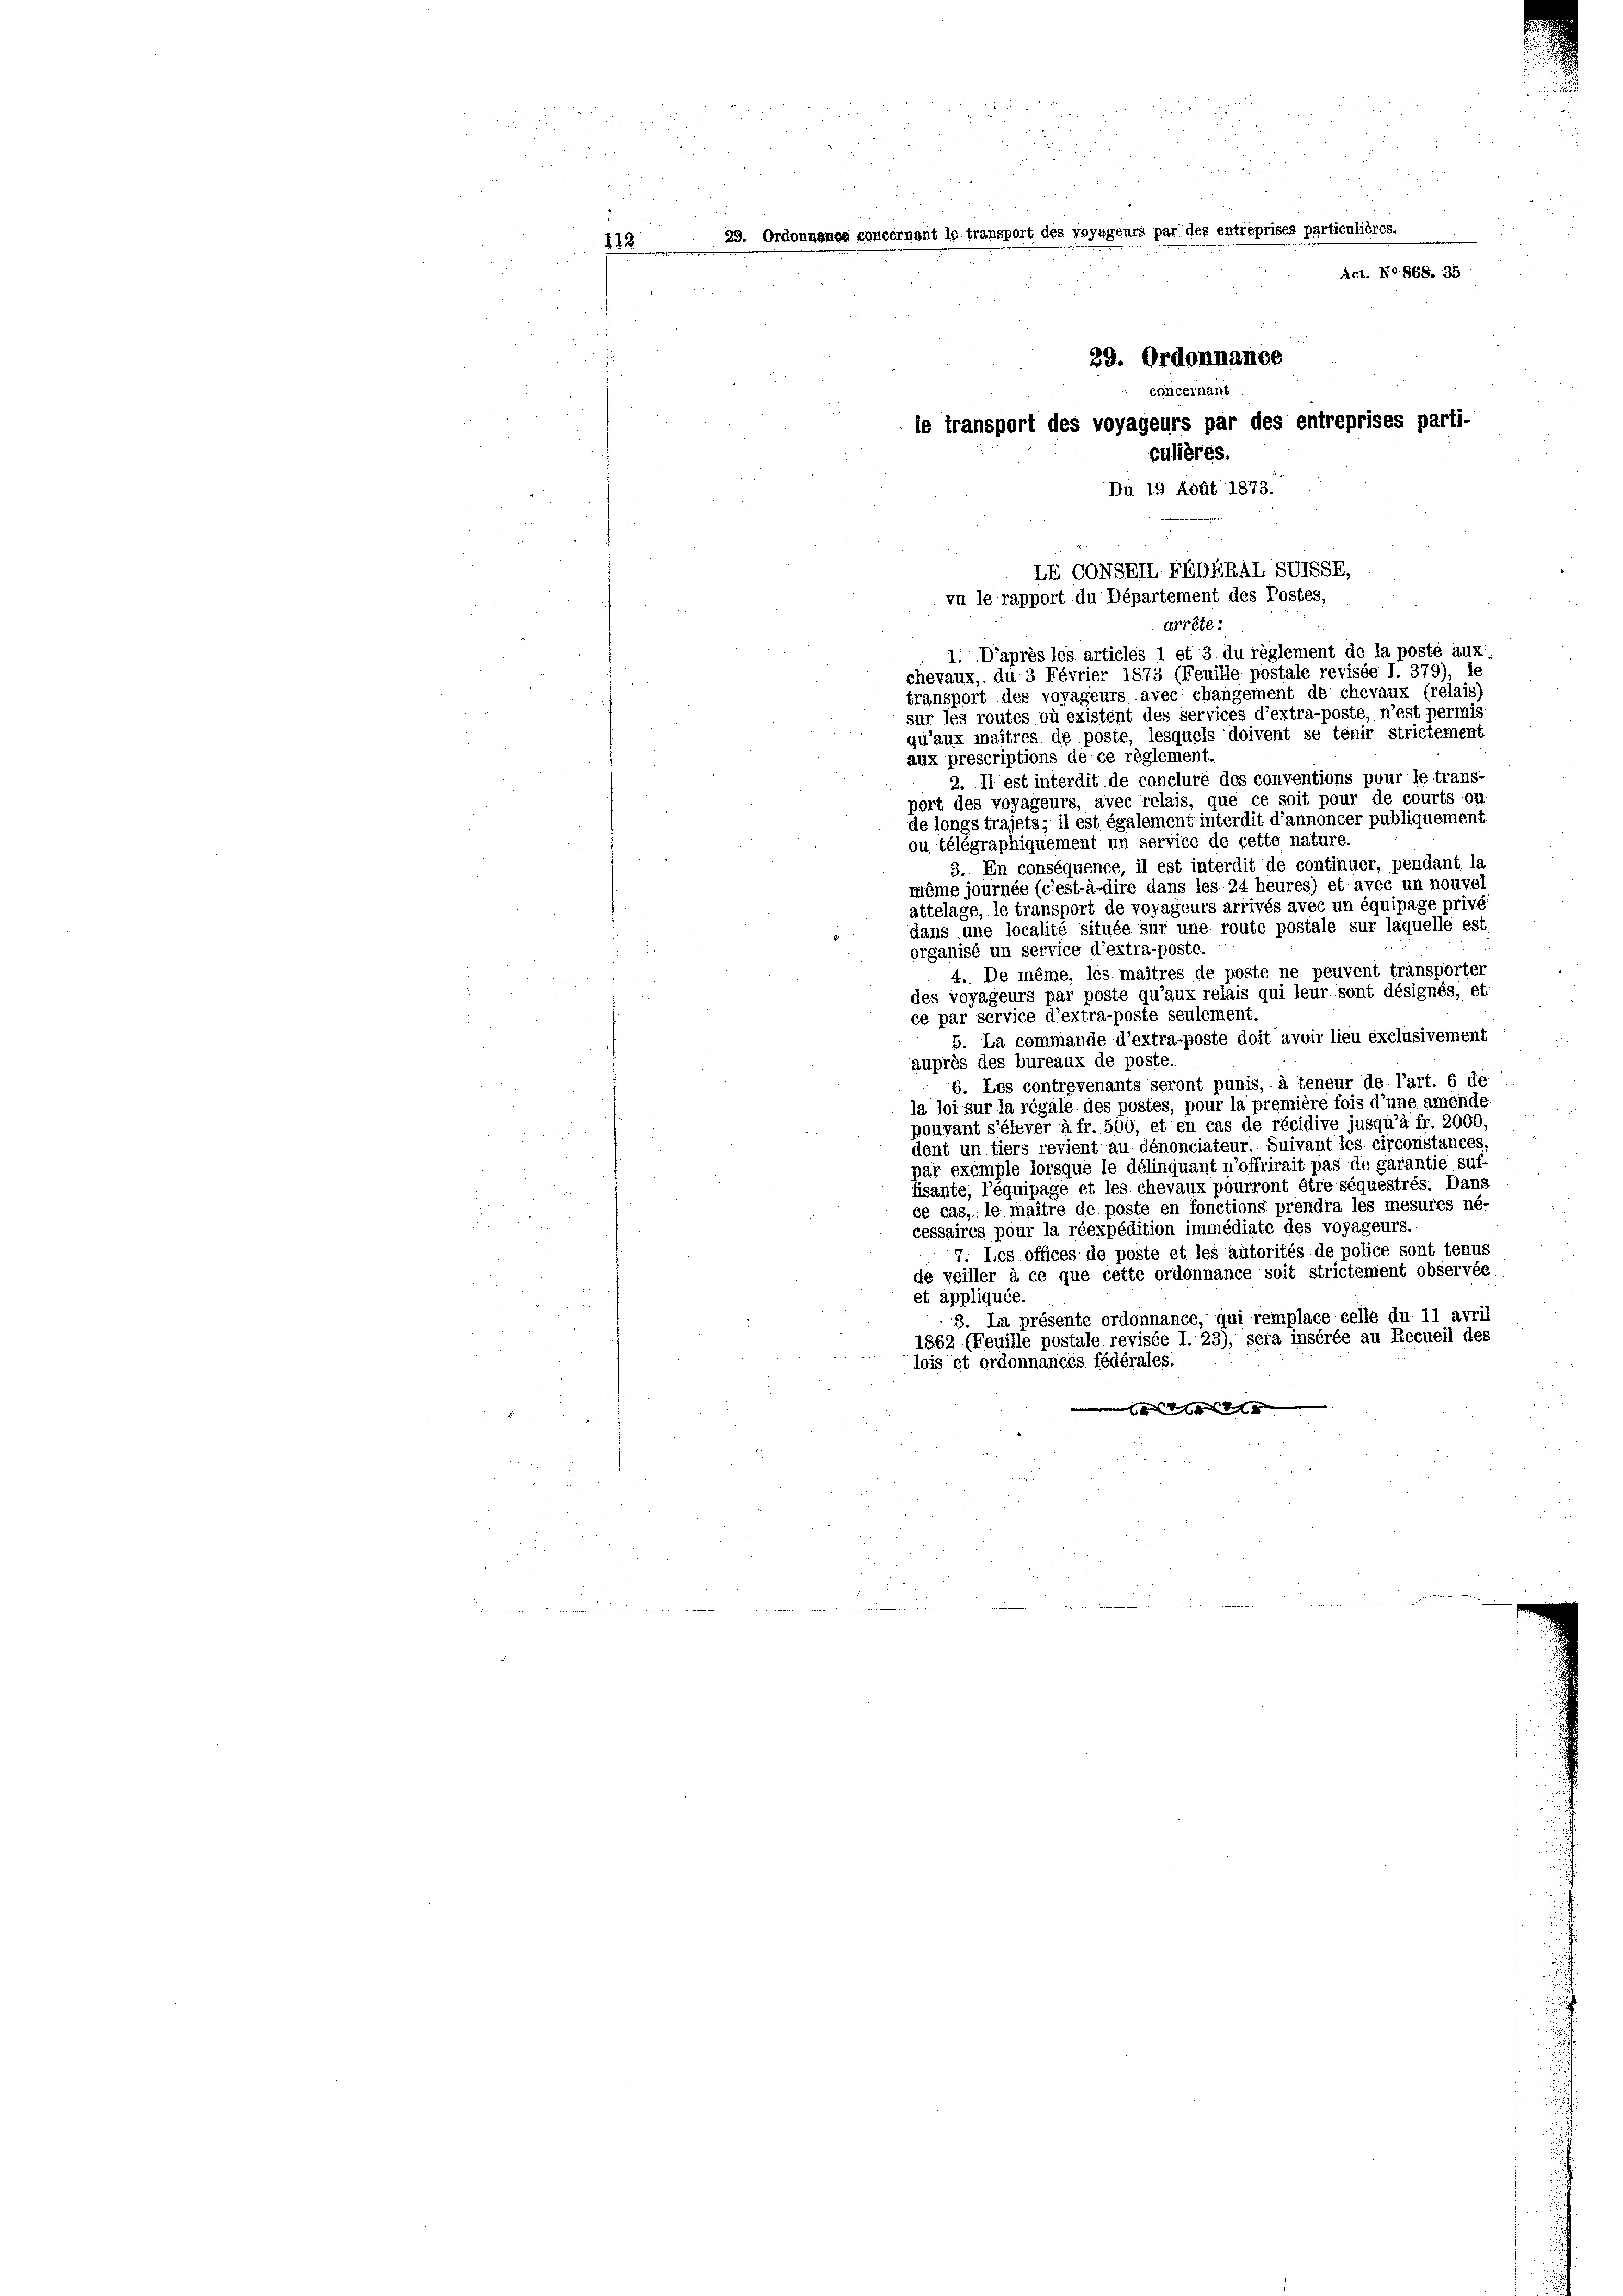
112

230.

lonnance concernant le transport des voyageurs par des entreprises particulières.
Act. No. 868. 35
29. Ordonnance
concernant
le transport des voyageurs par des entreprises parti-
culières.
Du 19 Aodt 1873.

LECONSEII FEDERAL SUSSE,
ru le rapport du Département des Postés,

2
arrête:
1.D’après les articles 1 et 3 du règlement de la poste aux
chevaux, du 3 Février 1873 (Feuille postale revisée I. 379), le
transport des voyageurs avec changement de chevaux (relais)
sur les routes où existent des services d’extra-poste, n’est permis
qu’aux maîtres de poste, lesquels doivent se tenir strictement
aux prescriptions de ce règlement.
2. Il est interdit de concluré des conventions pour le trans-
u
port des voyageurs, avec relais, que ce soit pour de courts ou
de longs trajets; il est également interdit d’annoncer publiquement
ou télégraphiquement un service de cette nature.
3. En conséquence, il est interdit de continuer, pendant la
même journée (c’est-à-dire dans les 24 heures) et avec un nouve
attelage, le transport de voyageurs arrivés avec un équipage privé
dans une localité située sur une route postale sur laquelle est
organisé un service d’extra-poste.
4. De même, les maîtres de poste ne peuvent transporter
des voyageurs par poste qu’aux relais qui leur sont désignés, et
ce par service d’extra-poste seulement.
5. La commande d’extra-poste doit avoir lieu exclusivement
auprès des bureaux de poste.
6. Les controvenants seront punis, à teneur de l’art. 6 de
la loi sur la régale des postes, pour la première fois d’une amende
pouvant s’élever à fr. 500, et en cas de récidive jusqu’à fr. 2000
dant un tiers revient au dénonciateur. Suivant les circonstances
pär exemple lorsque le délinquant n’offrirait pas de garantie suf-
fisante, l’équipage et les chevaux pourront être séquestrés. Dans
ce cas, le maître de poste en fonctions prendra les mesures né-
cessaires pour la réexpédition immédiate des voyageurs.
7. Les offices de poste et les autorités de police sont tenus
de veiller à ce que cette ordonnance soit strictement observée
et appliquée.
3. La présente ordonnance, qui remplace celle du 11. avril
1862 (Feuille postale revisée 1. 23), sera insérée au Recueil des
lois et ordonnances fédérales.
9